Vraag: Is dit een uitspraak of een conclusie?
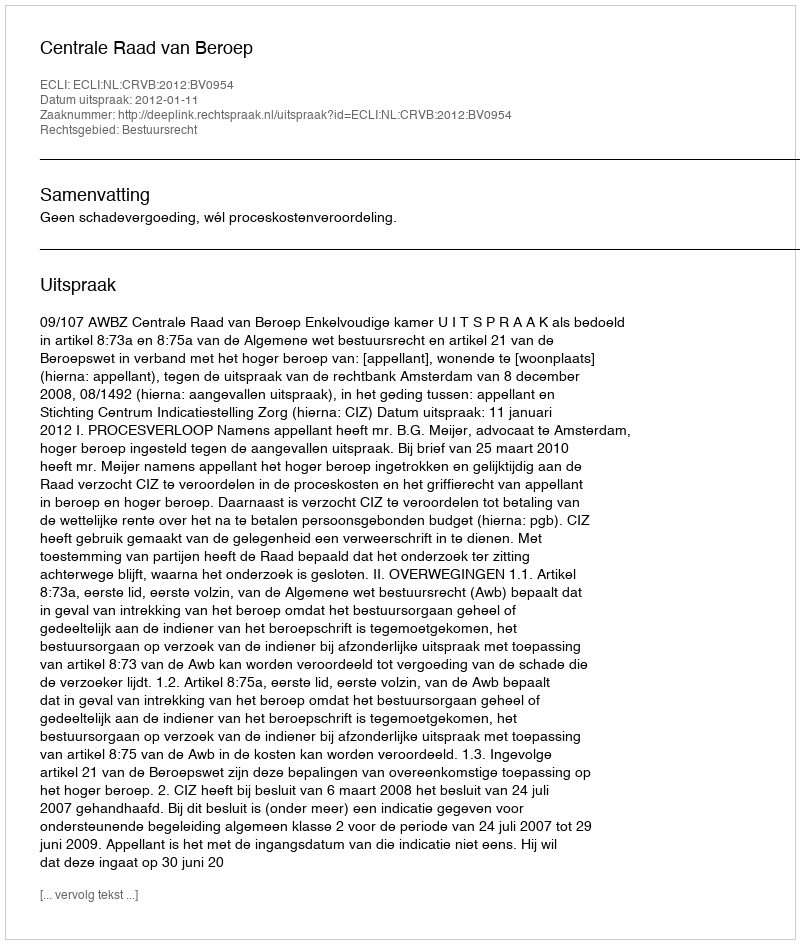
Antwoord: Uitspraak